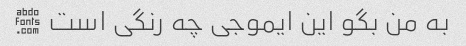
به من بگو این ایموجی چه رنگی است 💚